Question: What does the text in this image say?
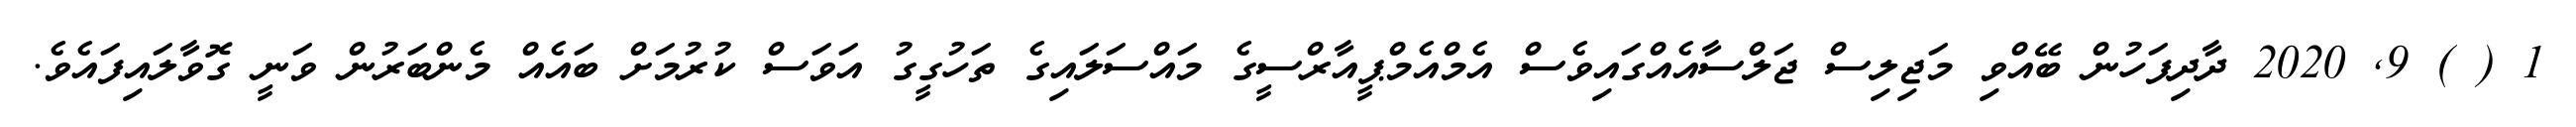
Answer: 1 ( ) 9, 2020 ދާދިފަހުން ބޭއްވި މަޖިލިސް ޖަލްސާއެއްގައިވެސް އެމްއެމްޕީއާރްސީގެ މައްސަލައިގެ ތަހުގީގު އަވަސް ކުރުމަށް ބައެއް މެންބަރުން ވަނީ ގޮވާލައިފައެވެ.